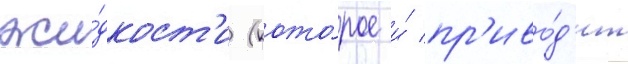
жи́дкост'и (кото́рое и́ пр'иво́д'ит